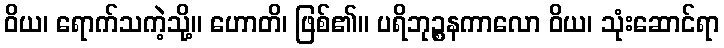
ဝိယ၊ ရောက်သကဲ့သို့။ ဟောတိ၊ ဖြစ်၏။ ပရိဘုဉ္စနကာလော ဝိယ၊ သုံးဆောင်ရာ